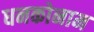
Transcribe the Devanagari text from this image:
धनकोनाम